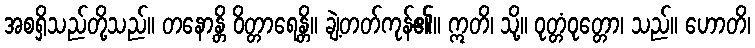
အစရှိသည်တို့သည်။ တနောန္တိ ဝိတ္တာရေန္တိ။ ချဲ့တတ်ကုန်၏။ ဣတိ၊ သို့။ ဝုတ္တံဝုတ္တော၊ သည်။ ဟောတိ၊